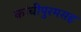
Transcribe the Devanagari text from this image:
कांचीपुरमसह